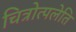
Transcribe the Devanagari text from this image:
चित्रोत्पलेति